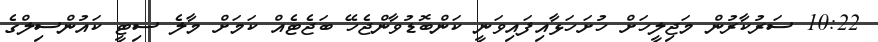
10:22 ސަރުކާރުން މަޖިލީހަށް ހުށަހަޅާއިފައިވަނީ ކަންބޮޑުވާންޖެހޭ ބަޖެޓެއް ކަމަށް މާލެ ސިޓީ ކައުންސިލްގެ